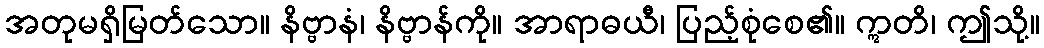
အတုမရှိမြတ်သော။ နိဗ္ဗာနံ၊ နိဗ္ဗာန်ကို။ အာရာဓယီ၊ ပြည့်စုံစေ၏။ ဣတိ၊ ဤသို့။